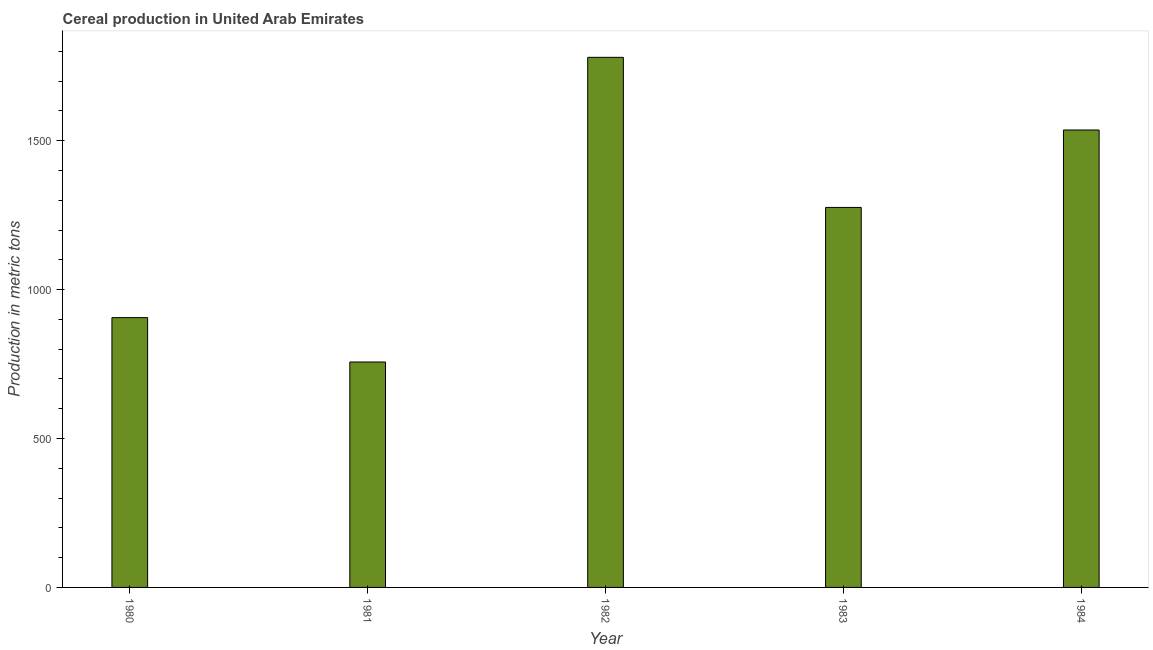
| Year | Cereal production |
 | --- | --- |
 | 1980 | 906 |
 | 1981 | 757 |
 | 1982 | 1.78e+03 |
 | 1983 | 1.28e+03 |
 | 1984 | 1.54e+03 |